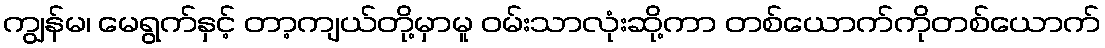
ကျွန်မ၊ မေရွက်နှင့် တာ့ကျယ်တို့မှာမူ ဝမ်းသာလုံးဆို့ကာ တစ်ယောက်ကိုတစ်ယောက်